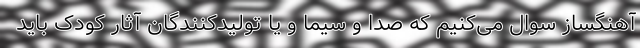
آهنگساز سوال می‌کنیم که صدا و سیما و یا تولیدکنندگان آثار کودک باید